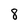
Character: 8